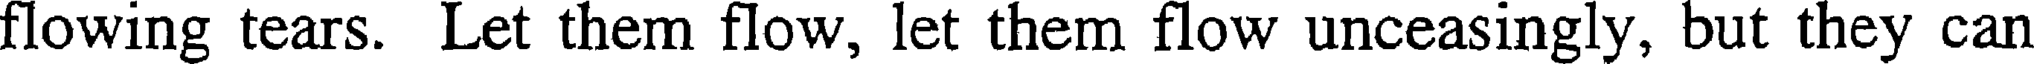
flowing tears. Let them flow, let them flow unceasingly, but they can